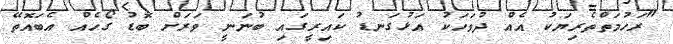
"ރަހުމަތްތެރިޔަކު އެއް ދުވަހަކު އަޅުގަނޑު ކައިރީގައި ބުނަނީ ވަރަށް ބޮޑު ގޯހެއް އެބައޮތޭ